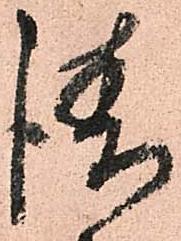
請